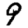
Digit: 9